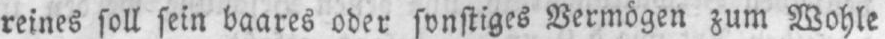
reines soll sein baares oder sonstiges Vermögen zum Wohle